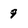
Character: 9